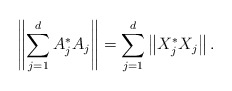
\begin{align*}\left\|\sum\limits_{j=1}^d A_{j}^*A_{j}\right\|=\sum\limits_{j=1}^d\left\|X_{j}^*X_{j}\right\|.\end{align*}